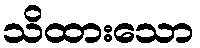
သိထားသော